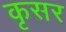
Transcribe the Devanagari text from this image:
कृसर